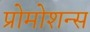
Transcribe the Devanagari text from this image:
प्रोमोशन्स